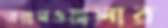
বয়ামওয়ালার